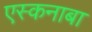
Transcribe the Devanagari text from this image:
एस्कनाबा